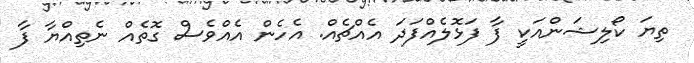
ތިޔަ ކޯލިޝަންއަކީ ފާ ފަޅޮލެއްފަދަ އެއްޗެއް. އެހެން އެއްވެސް ގޮތެއް ނެތިއްޔާ ފާ